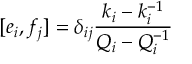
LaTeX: \lbrack e _ { i } , f _ { j } ] = \delta _ { i j } \frac { k _ { i } - k _ { i } ^ { - 1 } } { Q _ { i } - Q _ { i } ^ { - 1 } }